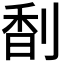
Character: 𠝲